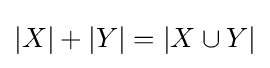
|X|+|Y|=|X\cup Y|